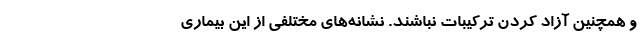
و همچنین آزاد کردن ترکیبات نباشند. نشانه‌های مختلفی از این بیماری